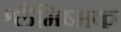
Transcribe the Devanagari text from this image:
श्लैमिष्मक